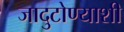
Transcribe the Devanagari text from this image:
जादुटोण्याशी